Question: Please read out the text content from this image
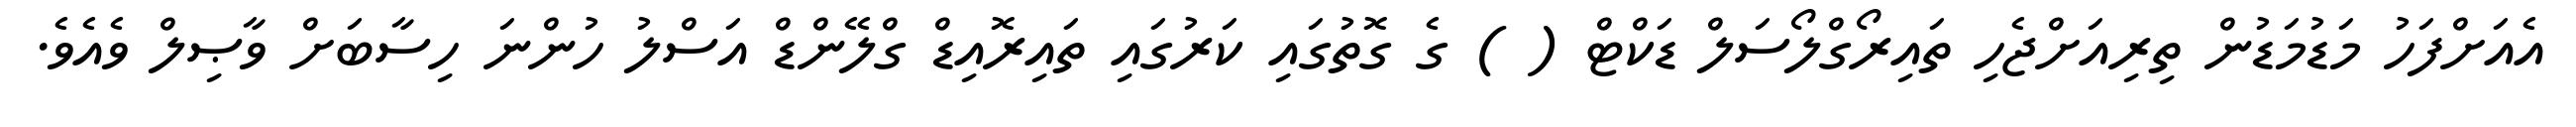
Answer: އެއަށްފަހު މަޑުމަޑުން ތިރިއަށްޖެހި ތައިރޯގްލޯސަލް ޑަކްޓް ( ) ގެ ގޮތުގައި ކަރުގައި ތައިރޮއިޑް ގްލޭންޑް އަސްލު ހުންނަ ހިސާބަށް ވާޞިލް ވެއެވެ.